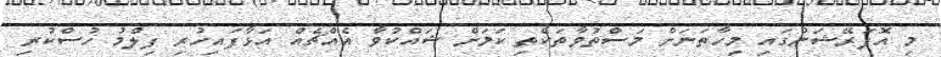
މި އޮޕަރޭޝަންގައި މިހާތަނަށް މަސްތުވާތަކެތި ކަމަށް ޝައްކުވާ އެއްޗެއް އަޅާފައިހުރި ފިލްމު ހުސްކުރި